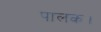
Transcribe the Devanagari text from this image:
पालक।